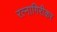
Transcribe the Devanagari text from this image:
रत्‍नागिरीकर